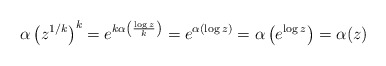
\begin{align*}\alpha\left( z^{1/k} \right)^k = e^{k\alpha\left(\frac{\log z}{k} \right)} = e^{\alpha\left(\log z \right)} = \alpha\left( e^{\log z} \right) = \alpha(z)\end{align*}